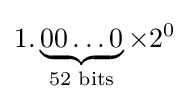
1.\underbrace {00\ldots 0} _{\text{52 bits}}\times 2^{0}